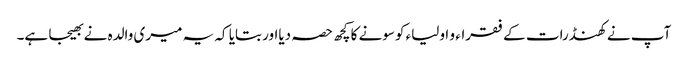
آپ نے کھنڈرات کے فقراء و اولیاء کوسونے کا کچھ حصہ دیااور بتایا کہ یہ میری والدہ نے بھیجا ہے۔